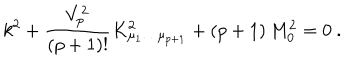
LaTeX: k ^ { 2 } + { \frac { V _ { p } ^ { 2 } } { ( p + 1 ) ! } } K _ { \mu _ { 1 } \dots \mu _ { p + 1 } } ^ { 2 } + ( p + 1 ) \, M _ { 0 } ^ { 2 } = 0 \ .